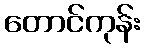
တောင်ကုန်း